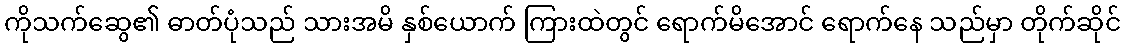
ကိုသက်ဆွေ၏ ဓာတ်ပုံသည် သားအမိ နှစ်ယောက် ကြားထဲတွင် ရောက်မိအောင် ရောက်နေ သည်မှာ တိုက်ဆိုင်